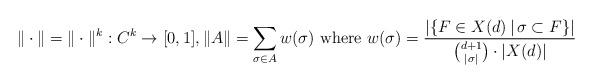
LaTeX: \begin{align*} \|\cdot\|=\|\cdot\|^k: C^k \rightarrow [0,1],\|A \| = \sum_{\sigma \in A} w(\sigma)\mbox{ where } w(\sigma) = \frac{|\{F \in X(d)\,|\, \sigma \subset F\}|}{{d+1 \choose |\sigma|} \cdot |X(d)|}\end{align*}